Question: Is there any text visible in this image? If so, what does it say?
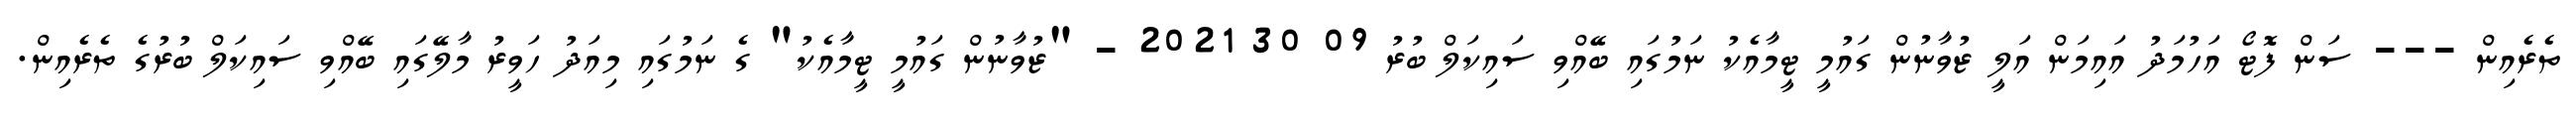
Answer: ތެރެއިން --- ސަން ފޮޓޯ އަހުމަދު އައިމަން އަލީ ޒުވާނުން ގައުމީ ޓީމާއެކު ނަމުގައި ބޭއްވި ސައިކަލް ބުރު 09 30 2021 - "ޒުވާނުން ގައުމީ ޓީމާއެކު" ގެ ނަމުގައި މިއަދު ހަވީރު މާލޭގައި ބޭއްވި ސައިކަލް ބުރުގެ ތެރެއިން.